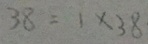
3 8 = 1 \times 3 8